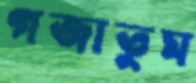
গজাতুম